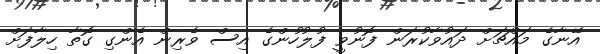
އޭނާގެ މައްޗަށް ދައުވާކުރަން ފޮނުވީ ފުލުހުންގެ އިސް ވެރިން އެންގި ގޮތާ ހިލާފަށް